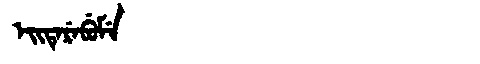
Manchu: ᡝᡳᡨᡝᡵᡝᠪᡠᠮᡝ
Romanization: EITEREBUME